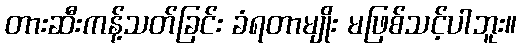
တားဆီးကန့်သတ်ခြင်း ခံရတာမျိုး မဖြစ်သင့်ပါဘူး။